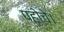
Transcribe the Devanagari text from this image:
पहोचे।